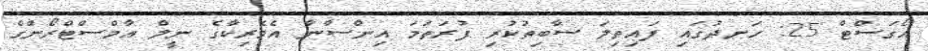
އޯގަސްޓް 25: ހަނދުގައި ފައިތިލަ ސާބިތުކުރި ފުރަތަމަ އިންސާނާ އެމެރިކާގެ ނީލް އާމްސްޓްރޯންގް